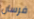
فرسان